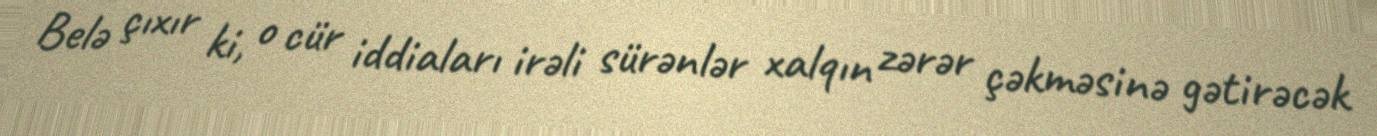
Belə çıxır ki, o cür iddiaları irəli sürənlər xalqın zərər çəkməsinə gətirəcək